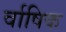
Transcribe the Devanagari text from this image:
र्वाषिक